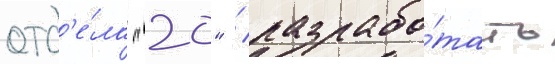
отд'е́ла "20" / разрабо́тать